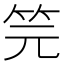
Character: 笎